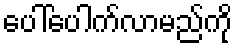
ပေါ်ပေါက်လာမည်ကို